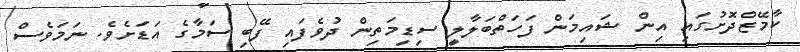
ކާމޭޒްދޮށުގައި އިން ޝައިމަން ފަހަތްބަލާލީ ސިޑިމަތިން ދުވެފައި ފޭބި ސަމާގެ އަޑަށެވެ. ނަމަވެސް